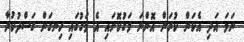
ނަމަ އަދި އެކަން ކުރަން އޮންނަ މަގުކޮށައި އެ މަގުގައި ހިނގަން ގަސްދުކުރާ